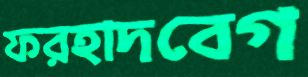
ফরহাদবেগ